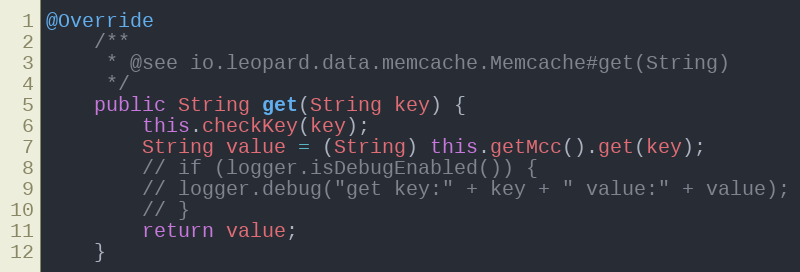
Language: Java
@Override
	/**
	 * @see io.leopard.data.memcache.Memcache#get(String)
	 */
	public String get(String key) {
		this.checkKey(key);
		String value = (String) this.getMcc().get(key);
		// if (logger.isDebugEnabled()) {
		// logger.debug("get key:" + key + " value:" + value);
		// }
		return value;
	}